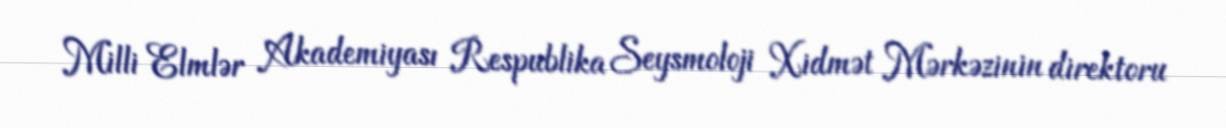
Milli Elmlər Akademiyası Respublika Seysmoloji Xidmət Mərkəzinin direktoru